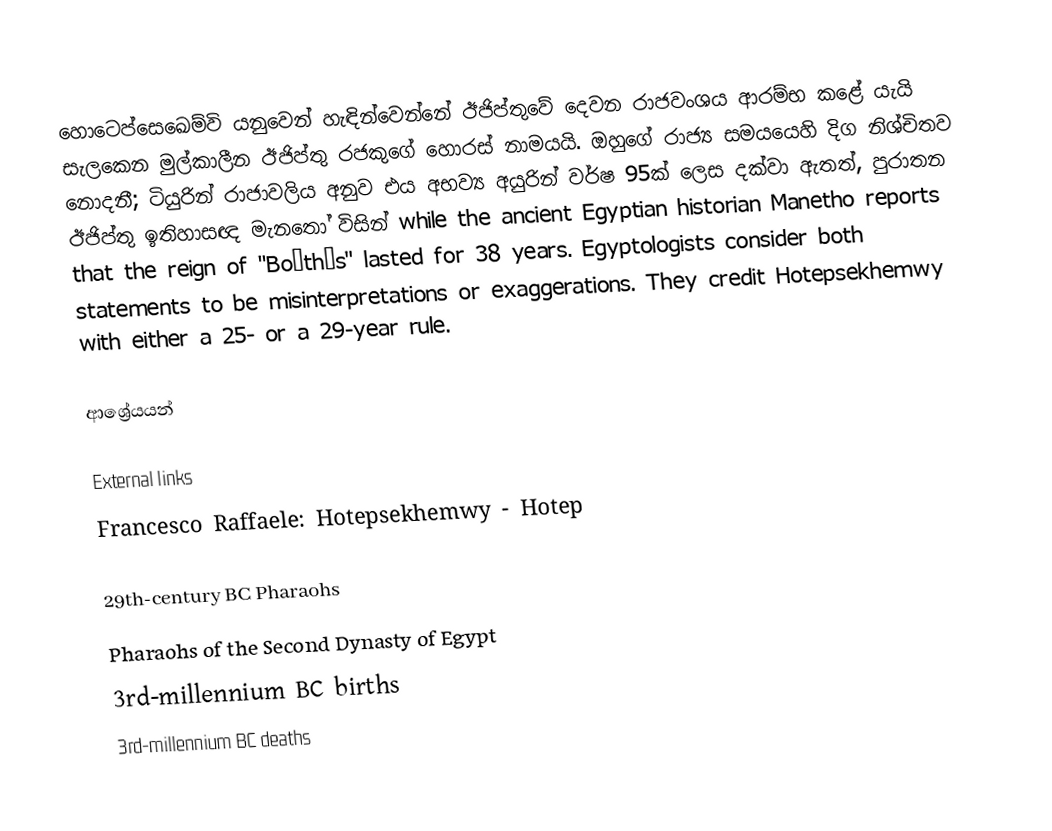
හොටෙප්සෙඛෙම්වි යනුවෙන් හැඳින්වෙන්නේ ඊජිප්තුවේ දෙවන රාජවංශය ආරම්භ කළේ යැයි සැලකෙන මුල්කාලීන ඊජිප්තු රජකුගේ හොරස් නාමයයි. ඔහුගේ රාජ්‍ය සමයයෙහි දිග නිශ්චිතව නොදනී; ටියුරින් රාජාවලිය අනුව එය අභව්‍ය අයුරින් වර්ෂ 95ක් ලෙස දක්වා ඇතත්, පුරාතන ඊජිප්තු ඉතිහාසඥ මැනතෝ විසින් while the ancient Egyptian historian Manetho reports that the reign of "Boëthôs" lasted for 38 years. Egyptologists consider both statements to be misinterpretations or exaggerations. They credit Hotepsekhemwy with either a 25- or a 29-year rule.

ආශ්‍රේයයන්

External links
 Francesco Raffaele: Hotepsekhemwy - Hotep

29th-century BC Pharaohs
Pharaohs of the Second Dynasty of Egypt
3rd-millennium BC births
3rd-millennium BC deaths